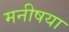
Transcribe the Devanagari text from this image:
मनीषया